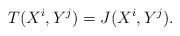
LaTeX: \begin{align*}T(X^{i},Y^{j}) = J(X^{i},Y^{j}).\end{align*}